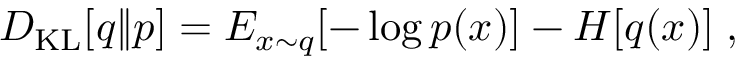
D _ { \mathrm { K L } } [ q \| p ] = E _ { x \sim q } [ - \log p ( x ) ] - H [ q ( x ) ] \; ,